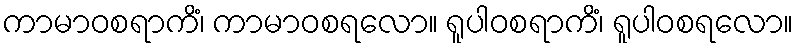
ကာမာဝစရာကိံ၊ ကာမာဝစရလော။ ရူပါဝစရာကိံ၊ ရူပါဝစရလော။